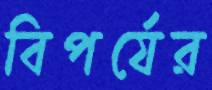
বিপর্যের